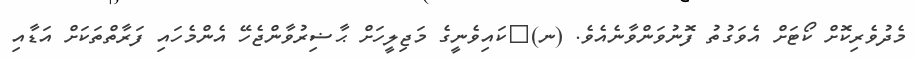
މެދުވެރިކޮށް ކޯޓަށް އެވަގުތު ފޮނުވަންވާނެއެވެ. (ނ)	ކައިވެނީގެ މަޖިލީހަށް ޙާޟިރުވާންޖެހޭ އެންމެހައި ފަރާތްތަކަށް އަޑާއި